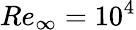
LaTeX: Re_{\infty}=10^{4}